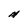
Character: M